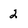
Character: 2